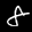
Label: 8